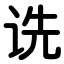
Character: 诜